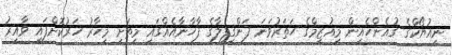
ނިއުޔޯކްގެ ގުއެންހެއިން މިއުޒިމްގެ ހަތަރުވަނަ ފަންގިފިލާގެ ފާހާނާއެއްގައި މިތަށި މިހާރު ހަރުކޮށްފައި ވާއިރު